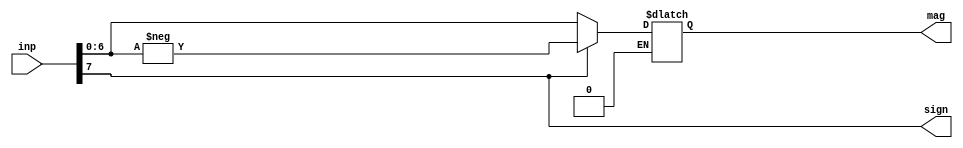
module signmag(inp,sign,mag);
input signed [7:0]inp;
output sign;
output reg signed[6:0]mag;
assign sign = inp[7];

always @(*) begin

if(sign == 0)
mag = inp[6:0];

else if(sign == 1)
mag = -(inp[6:0]);

end
endmodule